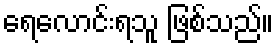
ရေလောင်းရသူ ဖြစ်သည်။